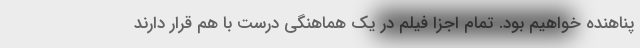
پناهنده خواهیم بود. تمام اجزا فیلم در یک هماهنگی درست با هم قرار دارند